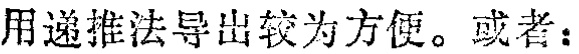
用递推法导出较为方便。或者：